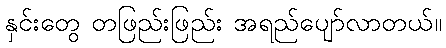
နှင်းတွေ တဖြည်းဖြည်း အရည်ပျော်လာတယ်။